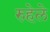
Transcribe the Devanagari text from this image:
रुहेले